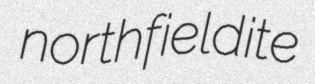
northfieldite